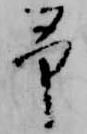
予